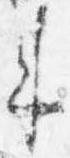
来